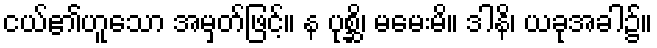
ငယ်၏ဟူသော အမှတ်ဖြင့်။ န ပုစ္ဆိ၊ မမေးမိ။ ဒါနိ၊ ယခုအခါ၌။